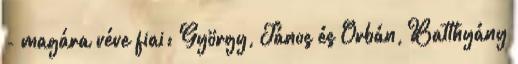
- magára véve fiai: György, János és Orbán, Batthyány